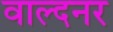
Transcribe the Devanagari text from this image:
वाल्दनर